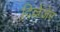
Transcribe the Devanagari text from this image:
दिल्लेंजेर